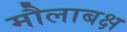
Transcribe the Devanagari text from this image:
मौलाबक्ष